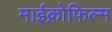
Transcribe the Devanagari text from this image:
माईक्रोफिल्म